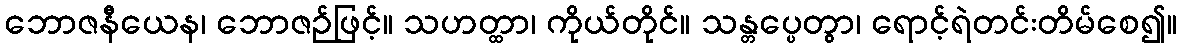
ဘောဇနီယေန၊ ဘောဇဉ်ဖြင့်။ သဟတ္ထာ၊ ကိုယ်တိုင်။ သန္တပ္ပေတွာ၊ ရောင့်ရဲတင်းတိမ်စေ၍။